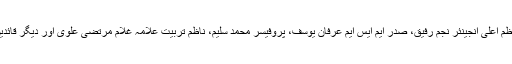
اس موقع پر نائب ناظم اعلیٰ انجینئر نجم رفیق، صدر ایم ایس ایم عرفان یوسف، پروفیسر محمد سلیم، ناظم تربیت علامہ غلام مرتضیٰ علوی اور دیگر قائدین بھی موجود تھے۔